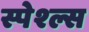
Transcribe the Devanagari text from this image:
स्पेश्ल्स